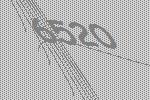
6520